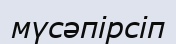
мүсәпірсіп